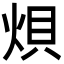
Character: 𪸭